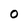
Character: O